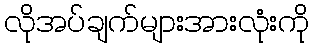
လိုအပ်ချက်များအားလုံးကို